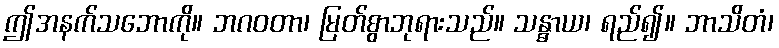
ဤအနက်သဘောကို။ ဘဂဝတာ၊ မြတ်စွာဘုရားသည်။ သန္ဓာယ၊ ရည်၍။ ဘာသိတံ၊